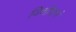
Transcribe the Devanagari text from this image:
विशोधनं